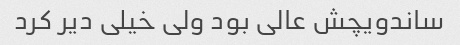
ساندویچش عالی بود ولی خیلی دیر کرد